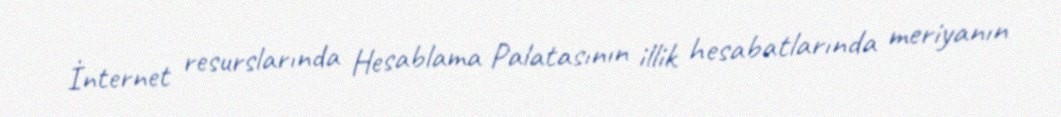
İnternet resurslarında Hesablama Palatasının illik hesabatlarında meriyanın